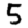
Digit: 5